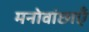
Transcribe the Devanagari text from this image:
मनोवांछाएँ